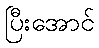
ပြီးအောင်